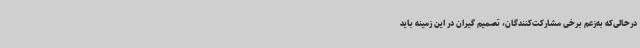
درحالی‌که به‌زعم برخی مشارکت‌کنندگان، تصمیم گیران در این زمینه باید